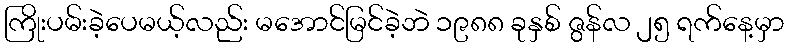
ကြိုးပမ်းခဲ့ပေမယ့်လည်း မအောင်မြင်ခဲ့ဘဲ ၁၉၈၈ ခုနှစ် ဇွန်လ ၂၅ ရက်နေ့မှာ